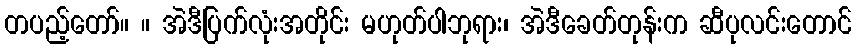
တပည့်တော်။ ။ အဲဒီပြက်လုံးအတိုင်း မဟုတ်ပါဘုရား၊ အဲဒီခေတ်တုန်းက ဆီပုလင်းတောင်